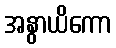
အနွာယိကော